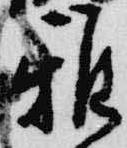
雅